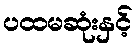
ပထမဆုံးနှင့်